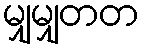
မျှမျှတတ